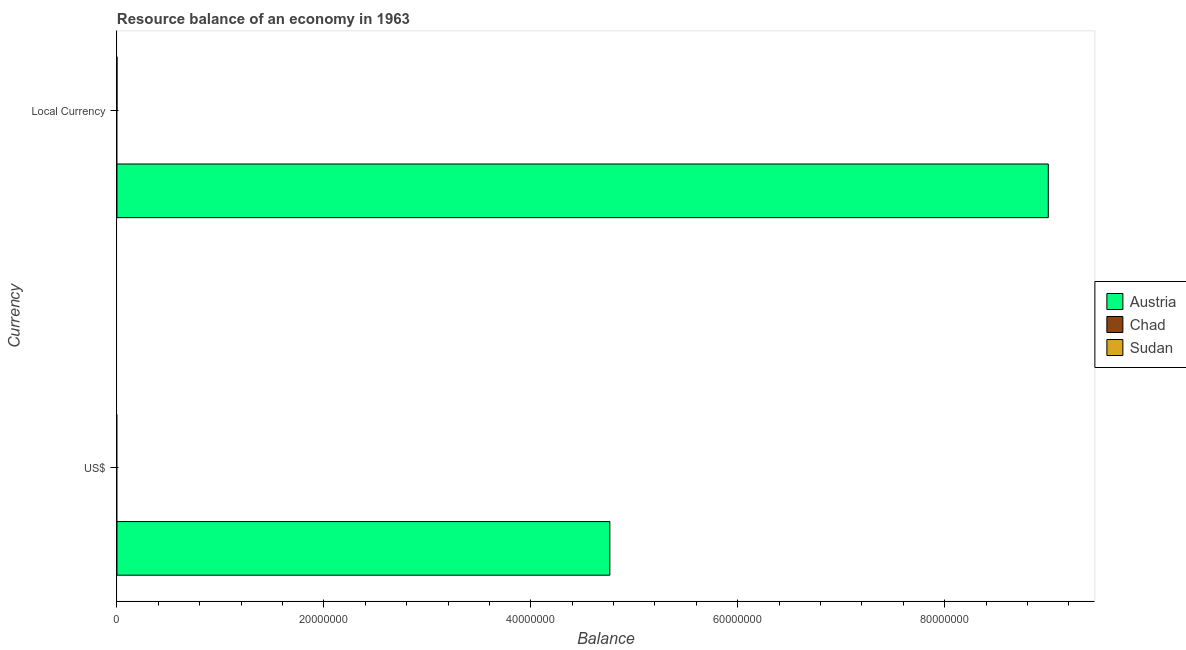
| Currency | Austria | Chad | Sudan |
 | --- | --- | --- | --- |
 | US$ | 4.76e+07 | -2.33e+07 | -1.81e+07 |
 | Local Currency | 9e+07 | -5.71e+09 | -6.3e+03 |